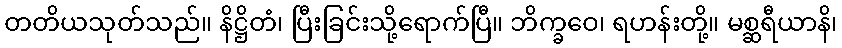
တတိယသုတ်သည်။ နိဋ္ဌိတံ၊ ပြီးခြင်းသို့ရောက်ပြီ။ ဘိက္ခဝေ၊ ရဟန်းတို့။ မစ္ဆရီယာနိ၊